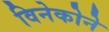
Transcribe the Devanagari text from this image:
विनेकोने